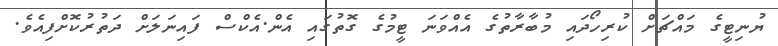
ޔުނިޓީގެ މައްޗަށް ކުރިހޯދައި މުބާރާތުގެ އެއްވަނަ ޓީމުގެ ގޮތުގައި އެން.އެކްސް ފައިނަލަށް ދަތުރުކޮށްފިއެވެ.